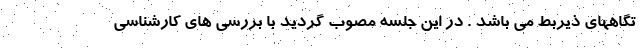
تگاههای ذیربط می باشد . در این جلسه مصوب گردید با بررسی های کارشناسی